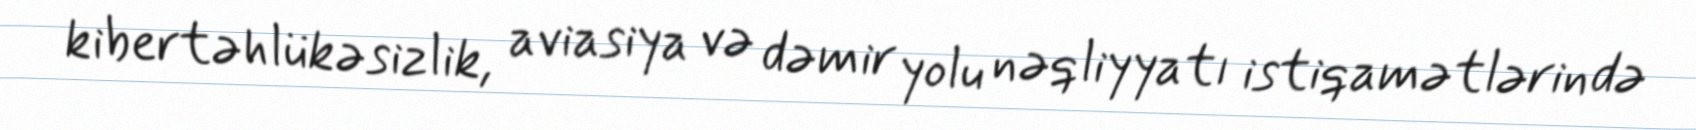
kibertəhlükəsizlik, aviasiya və dəmir yolu nəqliyyatı istiqamətlərində